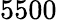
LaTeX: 5500